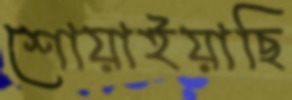
শোয়াইয়াছি